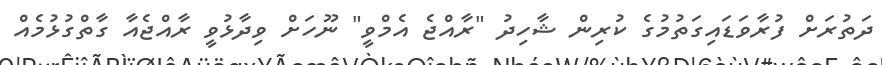
ދަތުރަށް ފުރާވަޑައިގަތުމުގެ ކުރިން ޝާހިދު "ރާއްޖެ އެމްވީ" ނޫހަށް ވިދާޅުވީ ރާއްޖެއާ ގާތްގުޅުމެއް